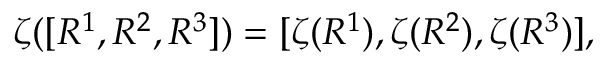
\zeta ( [ R ^ { 1 } , R ^ { 2 } , R ^ { 3 } ] ) = [ \zeta ( R ^ { 1 } ) , \zeta ( R ^ { 2 } ) , \zeta ( R ^ { 3 } ) ] ,